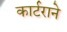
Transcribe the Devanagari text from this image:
कार्टराने